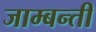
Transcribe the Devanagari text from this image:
जाम्बन्ती